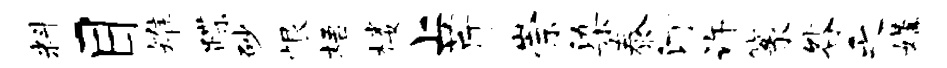
料目雉蹀砂恨梧楼上芹崇染泰汀许篆咎乏媾